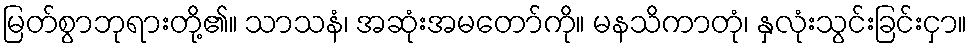
မြတ်စွာဘုရားတို့၏။ သာသနံ၊ အဆုံးအမတော်ကို။ မနသိကာတုံ၊ နှလုံးသွင်းခြင်းငှာ။